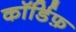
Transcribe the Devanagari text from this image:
कॉर्डिफ़